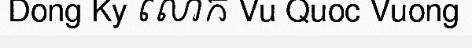
Dong Ky លោក Vu Quoc Vuong